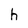
Character: h